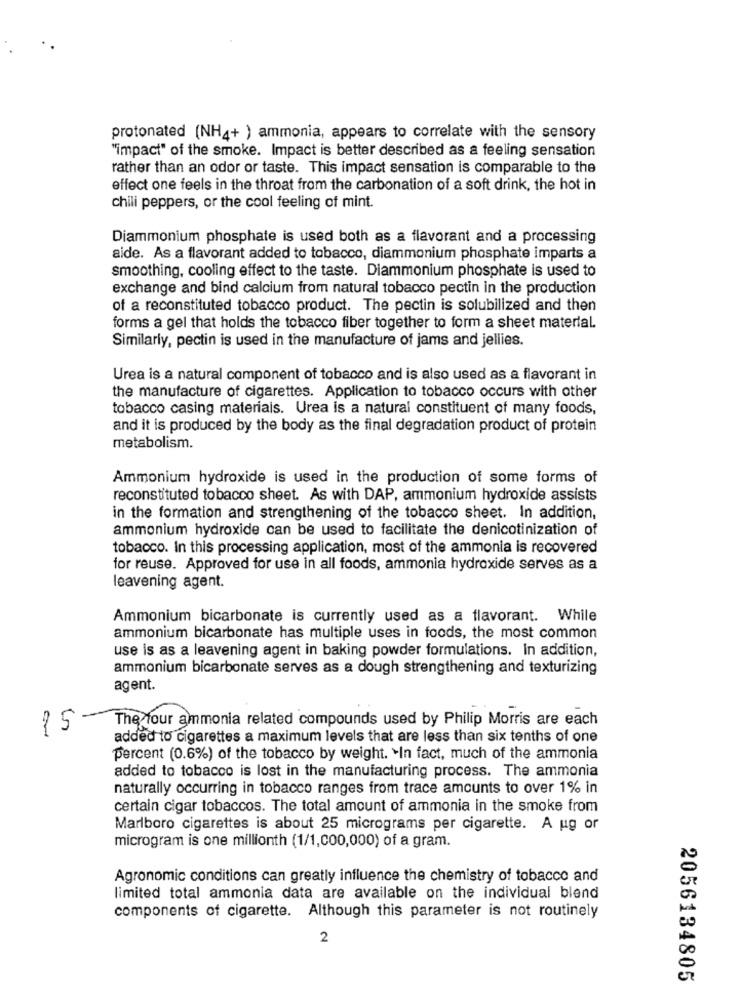
protonated (NH4+ ) ammonia, appears to correlate with the sensory
"impact" of the smoke. Impact is better described as a feeling sensation
rather than an odor or taste. This impact sensation is comparable to the
effect one feels in the throat from the carbonation of a soft drink, the hot in
chili peppers, or the cool feeling of mint.
Diammonium phosphate is used both as a flavorant and a processing
aide. As a flavorant added to tobacco, diammonium phosphate imparts a
smoothing, cooling effect to the taste. Diammonium phosphate is used to
exchange and bind calcium from natural tobacco pectin in the production
of a reconstituted tobacco product. The pectin is solubilized and then
forms a gel that holds the tobacco fiber together to form a sheet material.
Similarly, pectin is used in the manufacture of jams and jellies.
Urea is a natural component of tobacco and is also used as a flavorant in
the manufacture of cigarettes. Application to tobacco occurs with other
tobacco casing materials. Urea is a natural constituent of many foods,
and it is produced by the body as the final degradation product of protein
metabolism.
Ammonium hydroxide is used in the production of some forms of
reconstituted tobacco sheet. As with DAP, ammonium hydroxide assists
in the formation and strengthening of the tobacco sheet. In addition,
ammonium hydroxide can be used to facilitate the denicotinization of
tobacco. In this processing application, most of the ammonia is recovered
for reuse. Approved for use in all foods, ammonia hydroxide serves as a
leavening agent.
Ammonium bicarbonate is currently used as a flavorant. While
ammonium bicarbonate has multiple uses in foods, the most common
use is as a leavening agent in baking powder formulations. In addition,
ammonium bicarbonate serves as a dough strengthening and texturizing
agent.
The four ammonia related compounds used by Philip Morris are each
15
added to cigarettes a maximum levels that are less than six tenths of one
percent (0.6%) of the tobacco by weight. In fact, much of the ammonia
added to tobacco is lost in the manufacturing process. The ammonia
naturally occurring in tobacco ranges from trace amounts to over 1% in
certain cigar tobaccos. The total amount of ammonia in the smoke from
Marlboro cigarettes is about 25 micrograms per cigarette. A ug or
microgram is one millionth (1/1,000,000) of a gram.
Agronomic conditions can greatly influence the chemistry of tobacco and
limited total ammonia data are available on the individual blend
components of cigarette. Although this parameter is not routinely
2
2056134805